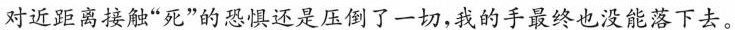
对近距离接触”死”的恐惧还是压倒了一切，我的手最终也没能落下去。